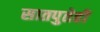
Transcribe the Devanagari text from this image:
सातपुतेही